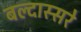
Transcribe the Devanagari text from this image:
बल्दास्सरे